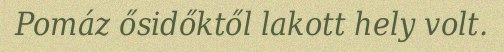
Pomáz ősidőktől lakott hely volt.